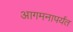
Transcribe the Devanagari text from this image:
आगमनापर्यंत